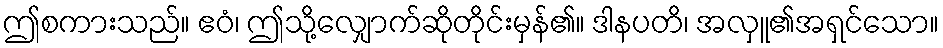
ဤစကားသည်။ ဧဝံ၊ ဤသို့လျှောက်ဆိုတိုင်းမှန်၏။ ဒါနပတိ၊ အလှူ၏အရှင်သော။